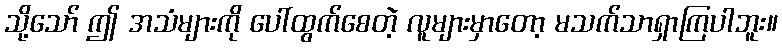
သို့သော် ဤ အသံများကို ပေါ်ထွက်စေတဲ့ လူများမှာတော့ မသက်သာရှာကြပါဘူး။